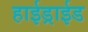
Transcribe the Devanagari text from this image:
हाईड्राईड